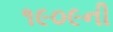
૧૯૦૯ની